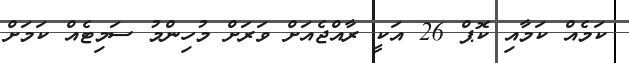
ކަމެއް ކަމާއި ކޮޕް 26 އަކީ ރާއްޖެއަށް ވަރަށް މުހިންމު ސަމިޓެއް ކަމަށް